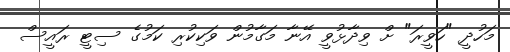
މަހުދީ "ހަވީރަ" ށް ވިދާޅުވީ އޭނާ މަގާމުން ވަކިކުރި ކަމުގެ ސިޓީ ރައީސް